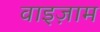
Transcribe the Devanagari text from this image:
वाइज़ाम